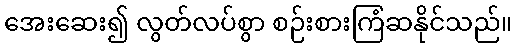
အေးဆေး၍ လွတ်လပ်စွာ စဉ်းစားကြံဆနိုင်သည်။